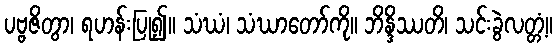
ပဗ္ဗဇိတွာ၊ ရဟန်းပြု၍။ သံဃံ၊ သံဃာတော်ကို။ ဘိန္ဒိဿတိ၊ သင်းခွဲလတ္တံ့။